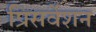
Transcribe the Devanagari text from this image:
प्रिसर्वेशन